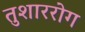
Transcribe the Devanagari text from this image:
तुशाररोग